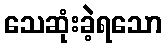
သေဆုံးခဲ့ရသော